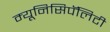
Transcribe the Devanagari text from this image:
म्यूनिसिपॅलिटी